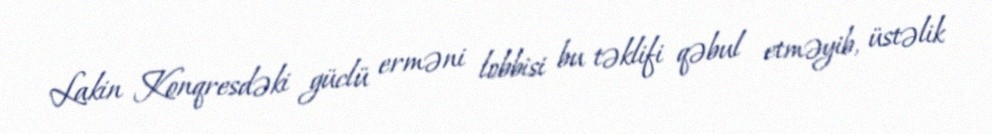
Lakin Konqresdəki güclü erməni lobbisi bu təklifi qəbul etməyib, üstəlik